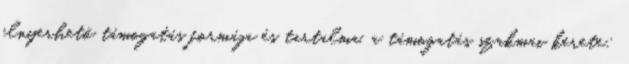
elnyerhető támogatás formája és tartalma, a támogatás szakmai kerete: